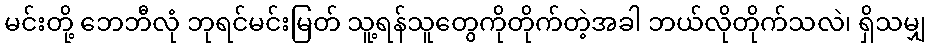
မင်းတို့ ဘေဘီလုံ ဘုရင်မင်းမြတ် သူ့ရန်သူတွေကိုတိုက်တဲ့အခါ ဘယ်လိုတိုက်သလဲ၊ ရှိသမျှ